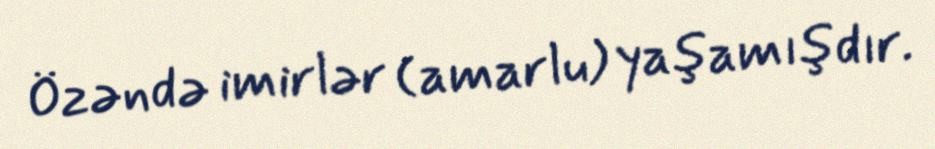
Özəndə imirlər (amarlu) yaşamışdır.